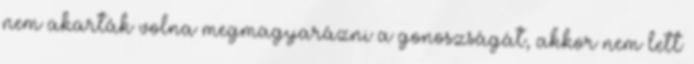
nem akarták volna megmagyarázni a gonoszságát, akkor nem lett